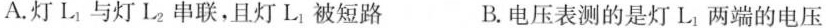
A.灯L_{1}与灯L_{2}串联，且灯L_{1}被短路 B.电压表测的是灯L_{1}两端的电压